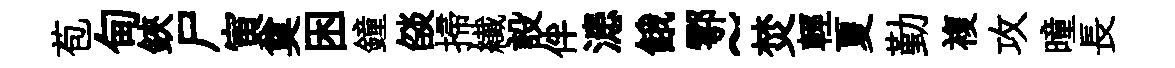
苞甸鋏尸寅奠困鐘燄掃纎設伴漶餓鄠~焚輕夏勤複攻曈長